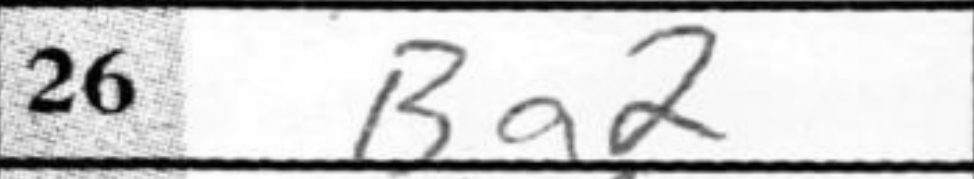
Transcription: Ba2